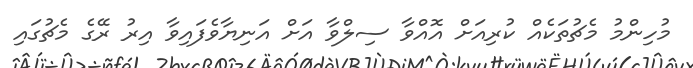
މުހިންމު މެޗުތަކެއް ކުރިއަށް އޮއްވާ ސިލްވާ އަށް އަނިޔާވެފައިވާ އިރު ރޭގެ މެޗުގައި